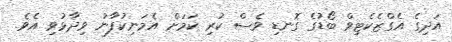
އަދިގެ އެގްޒެކެޓިވް ބޯޑުގެ ގޮނޑި ވެސް ކުރި ކަމަށް އެމަނިކުފާނު ވިދާޅުވި އެވެ.